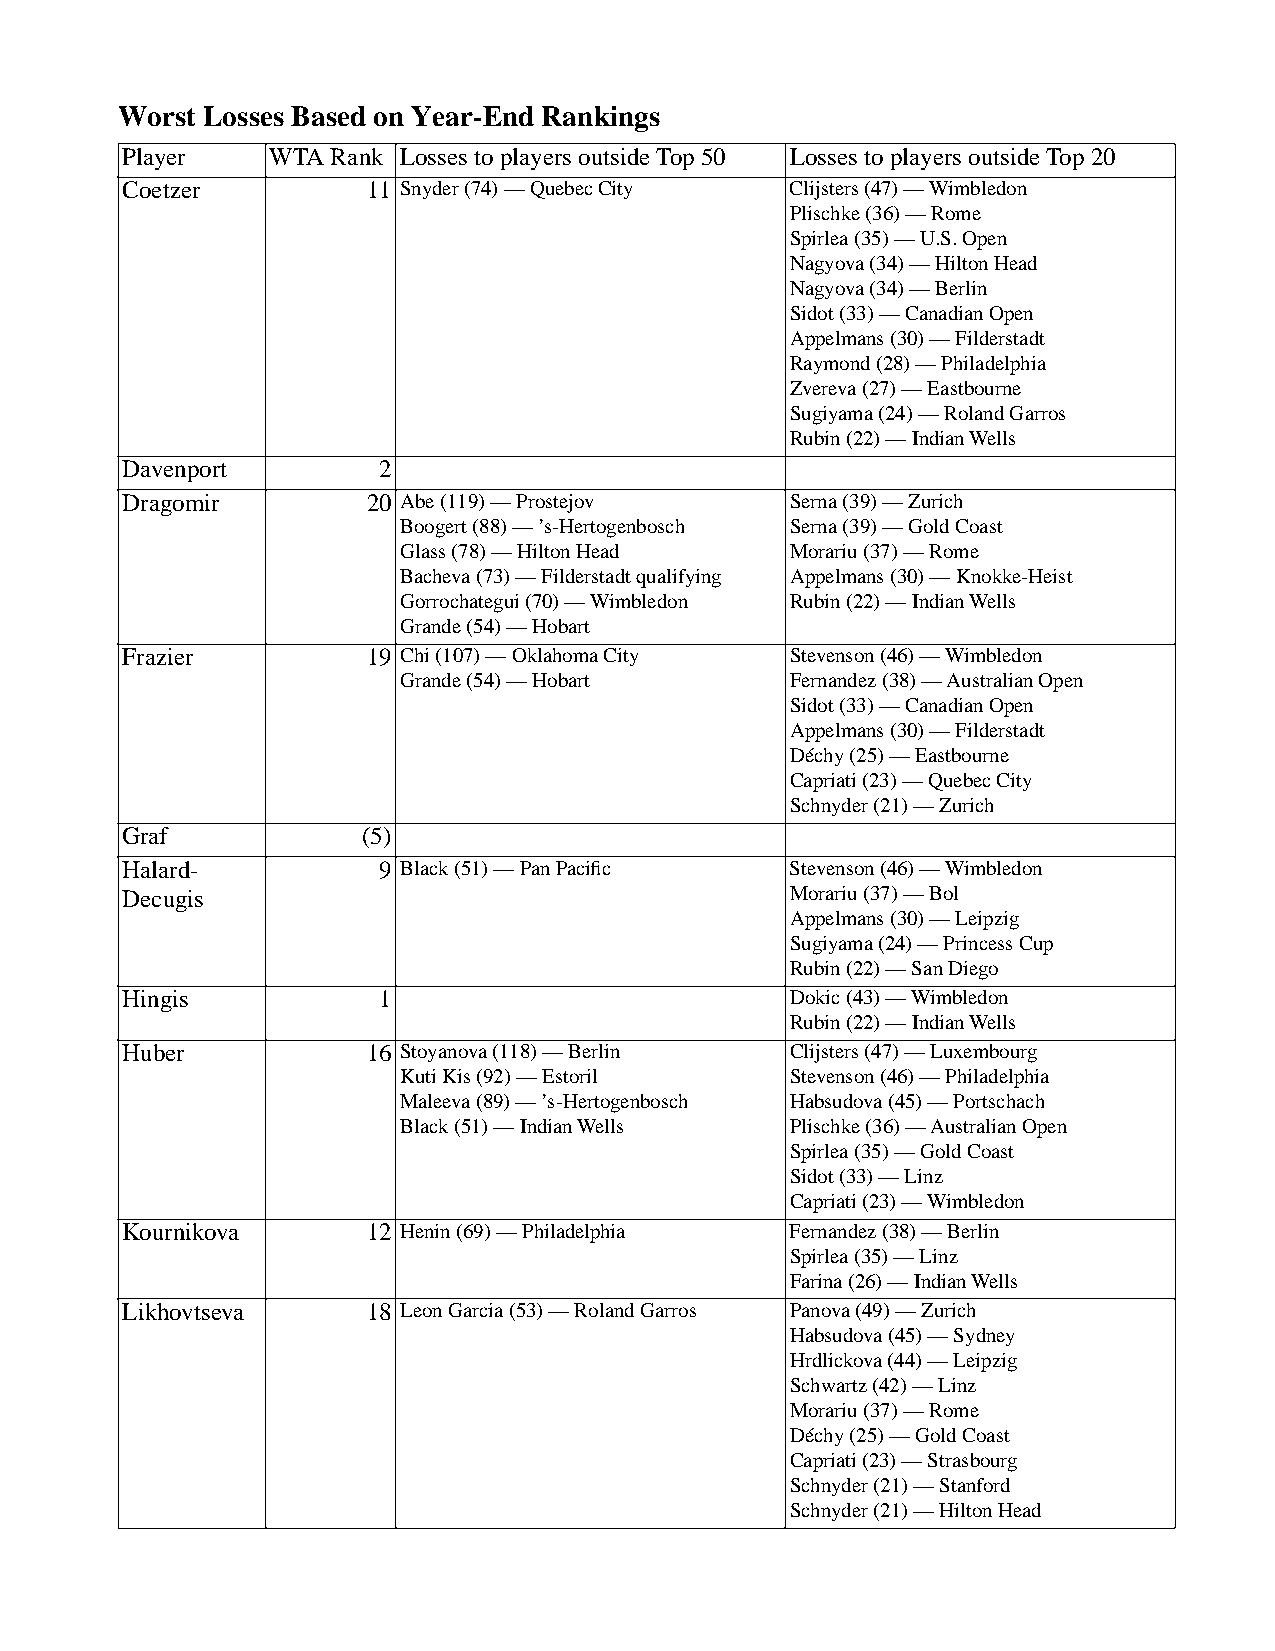
Worst Losses Based on Year-End Rankings
 Player   WTA Rank Losses to players outside Top 50 Losses to players outside Top 20
 Coetzer         11 Snyder (74) — Quebec City Clijsters (47) — Wimbledon
 Plischke (36) — Rome
 Spirlea (35) — U.S. Open
 Nagyova (34) — Hilton Head
 Nagyova (34) — Berlin
 Sidot (33) — Canadian Open
 Appelmans (30) — Filderstadt
 Raymond (28) — Philadelphia
 Zvereva (27) — Eastbourne
 Sugiyama (24) — Roland Garros
 Rubin (22) — Indian Wells
 Davenport        2
 Dragomir        20 Abe (119) — Prostejov    Serna (39) — Zurich
 Boogert (88) — ’s-Hertogenbosch Serna (39) — Gold Coast
 Glass (78) — Hilton Head  Morariu (37) — Rome
 Bacheva (73) — Filderstadt qualifying Appelmans (30) — Knokke-Heist
 Gorrochategui (70) — Wimbledon Rubin (22) — Indian Wells
 Grande (54) — Hobart
 Frazier         19 Chi (107) — Oklahoma City Stevenson (46) — Wimbledon
 Grande (54) — Hobart      Fernandez (38) — Australian Open
 Sidot (33) — Canadian Open
 Appelmans (30) — Filderstadt
 Déchy (25) — Eastbourne
 Capriati (23) — Quebec City
 Schnyder (21) — Zurich
 Graf           (5)
 Halard-          9 Black (51) — Pan Pacific Stevenson (46) — Wimbledon
 Decugis                                     Morariu (37) — Bol
 Appelmans (30) — Leipzig
 Sugiyama (24) — Princess Cup
 Rubin (22) — San Diego
 Hingis           1                          Dokic (43) — Wimbledon
 Rubin (22) — Indian Wells
 Huber           16 Stoyanova (118) — Berlin Clijsters (47) — Luxembourg
 Kuti Kis (92) — Estoril   Stevenson (46) — Philadelphia
 Maleeva (89) — ’s-Hertogenbosch Habsudova (45) — Portschach
 Black (51) — Indian Wells Plischke (36) — Australian Open
 Spirlea (35) — Gold Coast
 Sidot (33) — Linz
 Capriati (23) — Wimbledon
 Kournikova      12 Henin (69) — Philadelphia Fernandez (38) — Berlin
 Spirlea (35) — Linz
 Farina (26) — Indian Wells
 Likhovtseva     18 Leon Garcia (53) — Roland Garros Panova (49) — Zurich
 Habsudova (45) — Sydney
 Hrdlickova (44) — Leipzig
 Schwartz (42) — Linz
 Morariu (37) — Rome
 Déchy (25) — Gold Coast
 Capriati (23) — Strasbourg
 Schnyder (21) — Stanford
 Schnyder (21) — Hilton Head